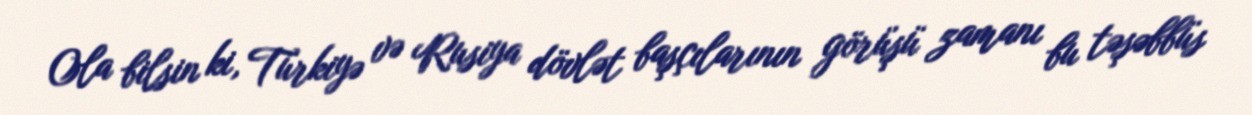
Ola bilsin ki, Türkiyə və Rusiya dövlət başçılarının görüşü zamanı bu təşəbbüs